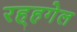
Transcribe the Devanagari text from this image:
रह्हगेल